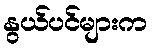
နွယ်ပင်များက